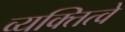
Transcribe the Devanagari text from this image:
व्यक्तित्वे